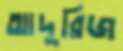
আদুরিজ